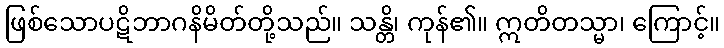
ဖြစ်သောပဋိဘာဂနိမိတ်တို့သည်။ သန္တိ၊ ကုန်၏။ ဣတိတသ္မာ၊ ကြောင့်။